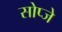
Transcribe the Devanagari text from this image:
सोप्जे